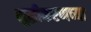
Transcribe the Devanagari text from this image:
शुद्धीकरणच्या